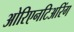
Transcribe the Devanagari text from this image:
ओरिएनटिअरिंग